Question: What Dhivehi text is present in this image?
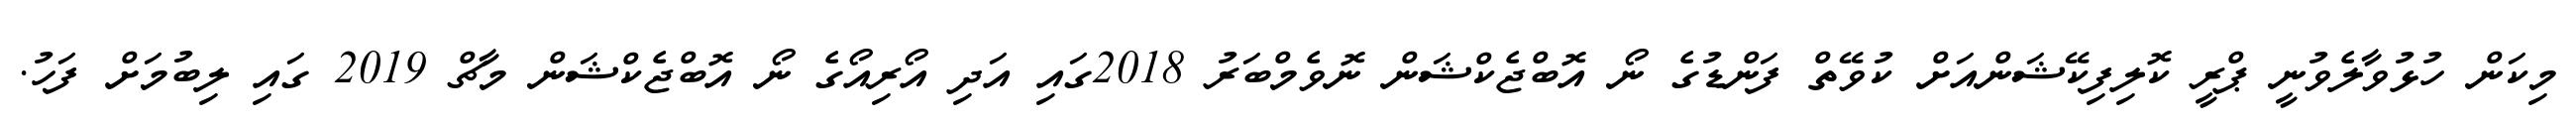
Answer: މިކަން ހުޅުވާލެވުނީ ޕްރީ ކޮލިފިކޭޝަންއަށް ކުވޭތް ފަންޑުގެ ނޯ އޮބްޖެކްޝަން ނޮވެމްބަރު 2018ގައި އަދި އޯރިއޯގެ ނޯ އޮބްޖެކްޝަން މާޗް 2019 ގައި ލިބުމަށް ފަހު.